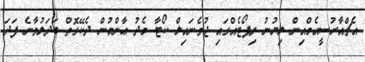
އެޗްއާރުސީއެމްއިން ލިޔުނު ރިޕޯޓެއްގައި ޖުވެނައިލް ކޯޓާ މެދު ޢާންމުން ދެކޭގޮތް ބަދަލުވާނެ ފަދަ